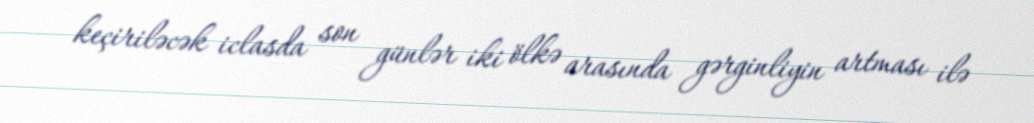
keçiriləcək iclasda son günlər iki ölkə arasında gərginliyin artması ilə